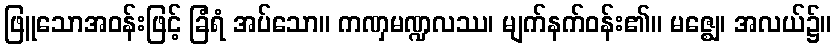
ဖြူသောအဝန်းဖြင့် ခြံရံ အပ်သော။ ကဏှမဏ္ဍလဿ၊ မျက်နက်ဝန်း၏။ မဇ္ဈေ၊ အလယ်၌။